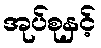
အုပ်စုနှင့်